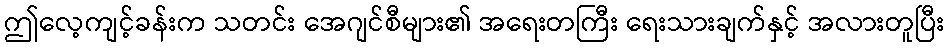
ဤလေ့ကျင့်ခန်းက သတင်း အေဂျင်စီများ၏ အရေးတကြီး ရေးသားချက်နှင့် အလားတူပြီး